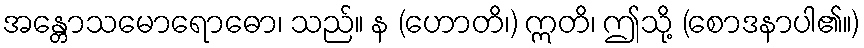
အန္တောသမောရောဓော၊ သည်။ န (ဟောတိ၊) ဣတိ၊ ဤသို့ (စောဒနာပါ၏။)